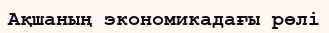
Ақшаның экономикадағы рөлі